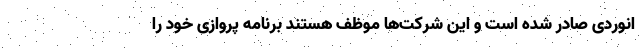
انوردی صادر شده است و این شرکت‌ها موظف‌ هستند برنامه پروازی خود را